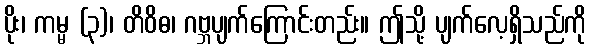
ပိုး၊ ကမ္မ (၃)၊ တိဝိဓ၊ ဂဗ္ဘပျက်ကြောင်းတည်း။ ဤသို့ ပျက်လေ့ရှိသည်ကို